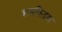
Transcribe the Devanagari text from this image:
बायफिडस